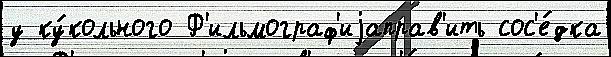
у ку́кольного Ф'ильмограф'иjаправ'ить сос'е́дка